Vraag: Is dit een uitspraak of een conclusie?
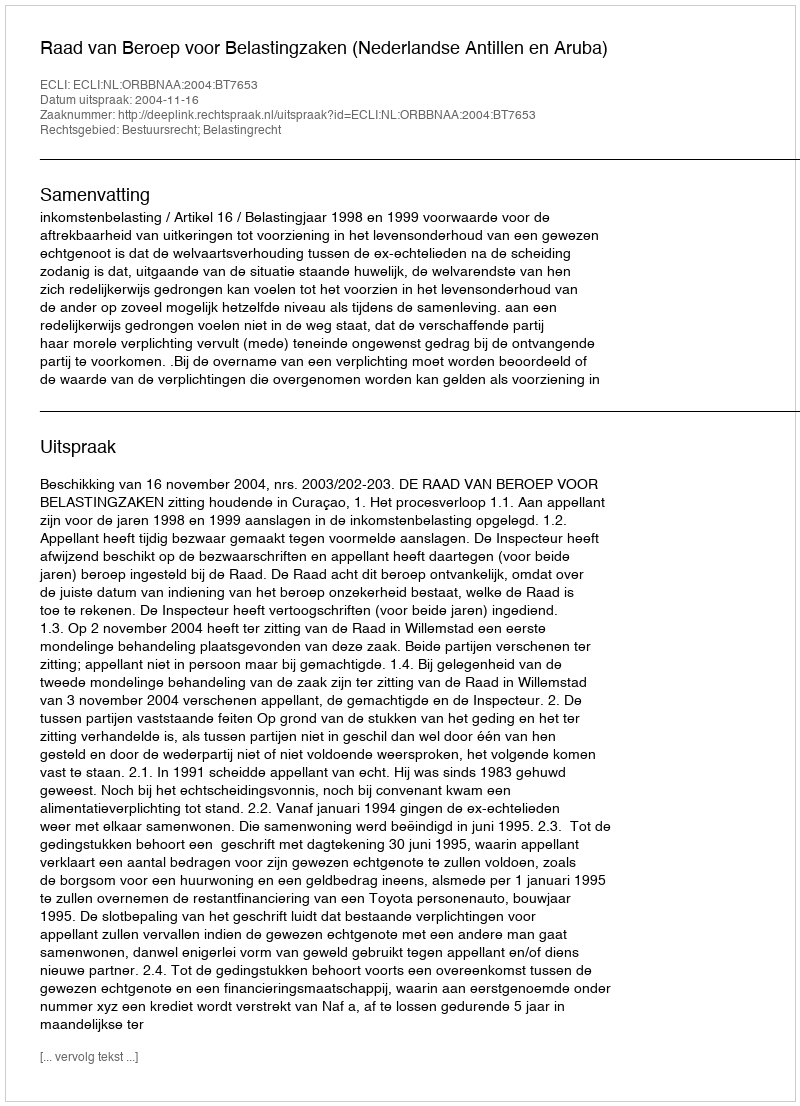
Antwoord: Uitspraak